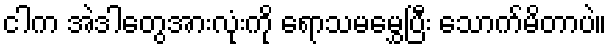
ငါက အဲဒါတွေအားလုံးကို ရောသမမွှေပြီး သောက်မိတာပဲ။